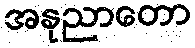
အနုညာတော